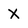
Character: X